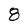
Character: 8